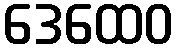
ဒေထေဝ